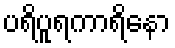
ပရိပူရကာရိနော